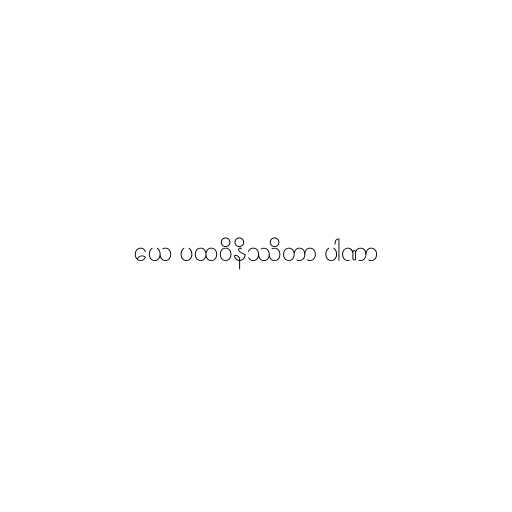
ယေ ပထဝိနိဿိတာ ပါဏာ